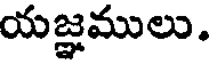
యజ్ఞములు.